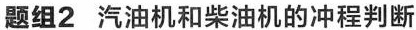
\underline{题组2 汽油机和柴油机的冲程判断}